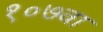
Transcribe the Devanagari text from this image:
१०७वा